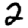
Digit: 2